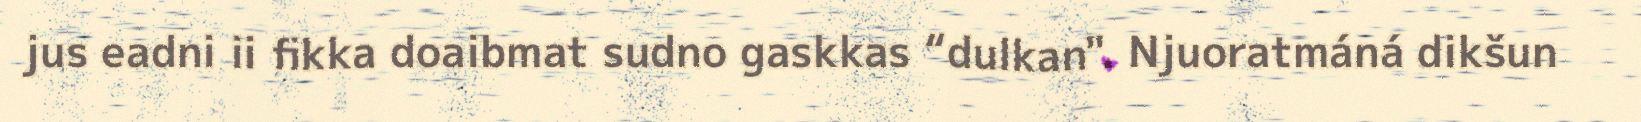
jus eadni ii fikka doaibmat sudno gaskkas “dulkan". Njuoratmáná dikšun